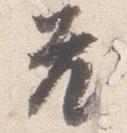
老